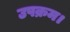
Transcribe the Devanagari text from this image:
उपक्रम।